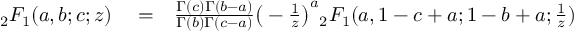
\begin{array} { r l r } { { _ 2 F _ { 1 } } ( a , b ; c ; z ) } & { { } = } & { \frac { \Gamma ( c ) \Gamma ( b - a ) } { \Gamma ( b ) \Gamma ( c - a ) } \big ( - \frac { 1 } { z } \big ) ^ { a } { _ 2 F _ { 1 } } ( a , 1 - c + a ; 1 - b + a ; \frac { 1 } { z } ) } \end{array}